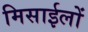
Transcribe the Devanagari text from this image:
मिसाईलों